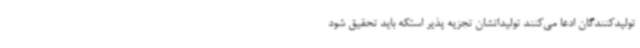
تولیدکنندگان ادعا می‌کنند تولیداتشان تجزیه پذیر استکه باید تحقیق شود